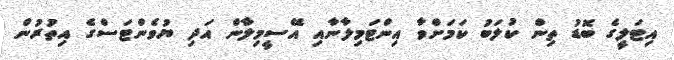
އިޓަލީގެ ބޮޑު ތިން ކުލަބު ކަމަށްވާ އިންޓަމިލާނާއި އޭސީމިލާން އަދި ޔުވެންޓަސްގެ އިތުރުން